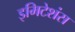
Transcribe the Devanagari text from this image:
इमिटेशंस